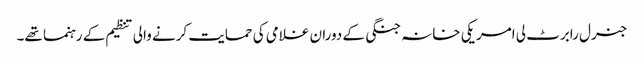
جنرل رابرٹ لی امریکی خانہ جنگی کے دوران غلامی کی حمایت کرنے والی تنظیم کے رہنما تھے۔